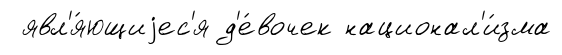
явл'я́ющиjес'я д'е́вочек национал'и́зма